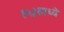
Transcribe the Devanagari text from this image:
१५३१मध्ये